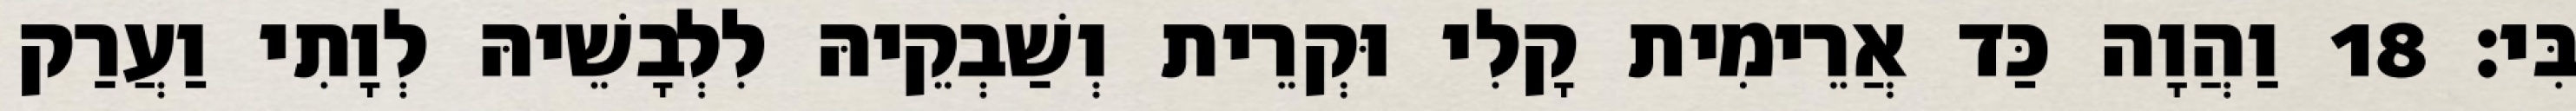
בִּי׃ 18 וַהֲוָה כַּד אֲרֵימִית קָלִי וּקְרֵית וְשַׁבְקֵיהּ לִלְבָשֵׁיהּ לְוָתִי וַעֲרַק